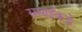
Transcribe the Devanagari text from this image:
ससाईंकडे